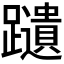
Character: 𫏩